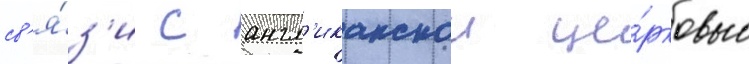
св'я́з'и с англ'иканскои це́рковью